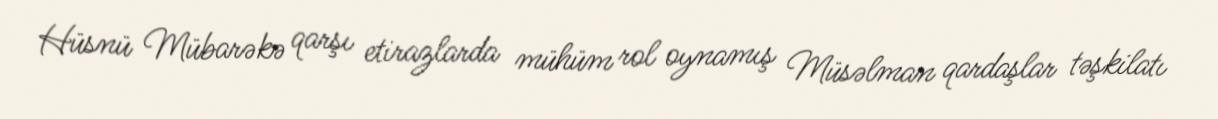
Hüsnü Mübarəkə qarşı etirazlarda mühüm rol oynamış Müsəlman qardaşlar təşkilatı